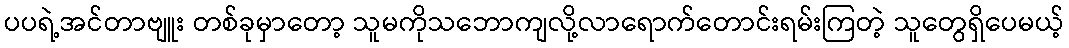
ပပရဲ့အင်တာဗျူး တစ်ခုမှာတော့ သူမကိုသဘောကျလို့လာရောက်တောင်းရမ်းကြတဲ့ သူတွေရှိပေမယ့်